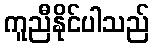
ကူညီနိုင်ပါသည်